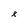
Character: e